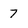
Character: 7